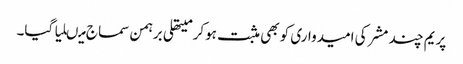
پریم چند مشر کی امیدواری کو بھی مثبت ہوکر میتھلی برہمن سماج میںلیا گیا۔